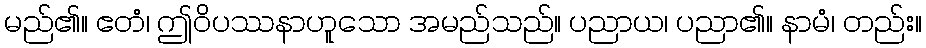
မည်၏။ ဧတံ၊ ဤဝိပဿနာဟူသော အမည်သည်။ ပညာယ၊ ပညာ၏။ နာမံ၊ တည်း။